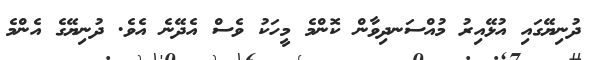
ދުނިޔޭގައި އުޅޭއިރު މުއްސަނދިވާން ކޮންމެ މީހަކު ވެސް އެދޭނެ އެވެ. ދުނިޔޭގެ އެންމެ